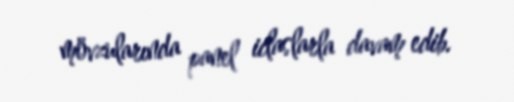
mövzularında panel iclaslarla davam edib.